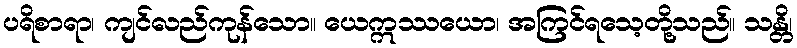
ပရိစာရာ၊ ကျင်လည်ကုန်သော။ ယေဣဿယော၊ အကြင်ရသေ့တို့သည်။ သန္တိ၊